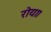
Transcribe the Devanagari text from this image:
रोया।